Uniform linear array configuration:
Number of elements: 48
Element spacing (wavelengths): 1
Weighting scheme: blackman
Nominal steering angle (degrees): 0
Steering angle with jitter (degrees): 0.257
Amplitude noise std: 0.05
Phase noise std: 0.05

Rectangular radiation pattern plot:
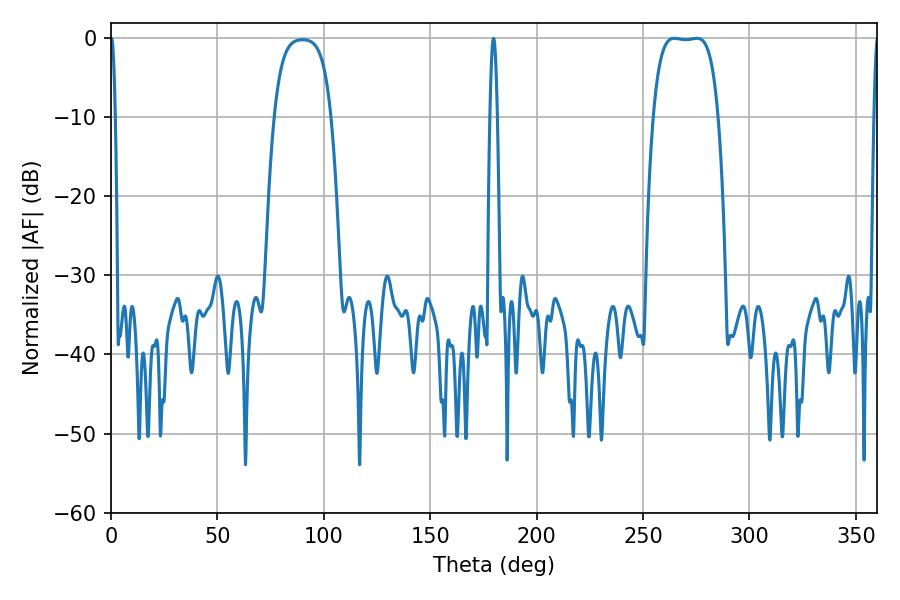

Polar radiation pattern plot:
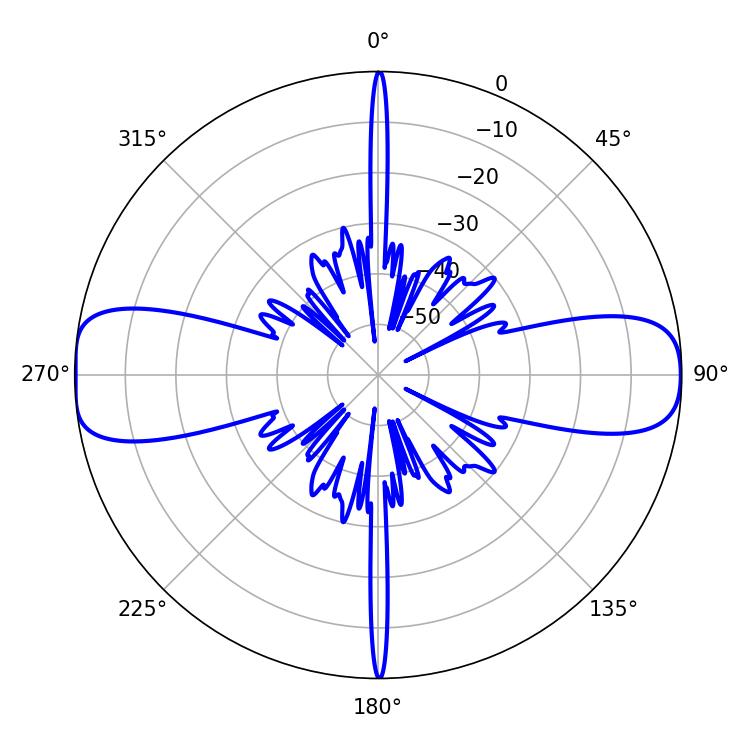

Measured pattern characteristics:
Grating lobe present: TRUE
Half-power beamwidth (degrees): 23.76
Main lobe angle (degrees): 264.78